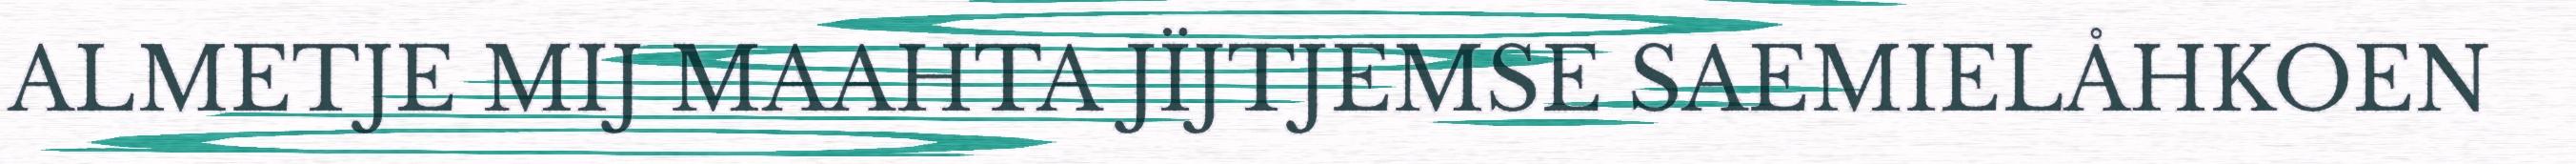
ALMETJE MIJ MAAHTA JÏJTJEMSE SAEMIELÅHKOEN